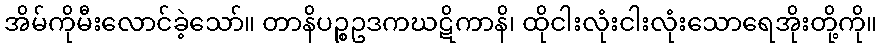
အိမ်ကိုမီးလောင်ခဲ့သော်။ တာနိပဉ္စဥဒကဃဋိကာနိ၊ ထိုငါးလုံးငါးလုံးသောရေအိုးတို့ကို။